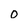
Character: 0